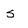
Character: 5